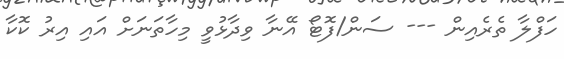
ހަފްލާ ތެރެއިން --- ސަން/ފޮޓޯ އޭނާ ވިދާޅުވީ މިހާތަނަށް އައި އިރު ކޮކާ